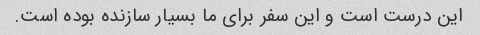
این درست است و این سفر برای ما بسیار سازنده بوده است.